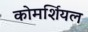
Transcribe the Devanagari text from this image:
कोमर्शियल